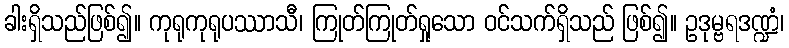
ခါးရှိသည်ဖြစ်၍။ ကုရုကုရုပဿာသီ၊ ကြုတ်ကြုတ်ရှုသော ဝင်သက်ရှိသည် ဖြစ်၍။ ဥဒုမ္ဗရဒဏ္ဍံ၊